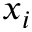
x _ { i }